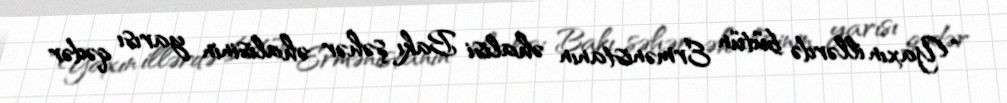
“Yaxın illərdə bütün Ermənistanın əhalisi Bakı şəhər əhalisinin yarısı qədər